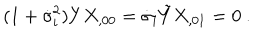
( 1 + \dot { \sigma } _ { i } ^ { 2 } ) Y X _ { , 0 0 } = \dot { \sigma } _ { i } \tilde { Y } X _ { , 0 1 } = 0 \ .